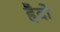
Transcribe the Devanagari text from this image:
हैदो